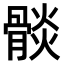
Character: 𩩧